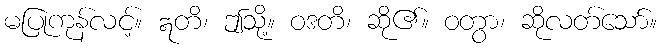
မပြုကုန်လင့်။ ဣတိ၊ ဤသို့။ ဝဒတိ၊ ဆို၏။ ဝတွာ၊ ဆိုလတ်သော်။